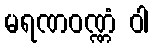
မရဏဝဏ္ဏံ ဝါ